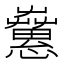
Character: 𢥁